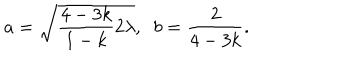
a = \sqrt { \frac { 4 - 3 k } { 1 - k } 2 \lambda } , \; \; b = \frac { 2 } { 4 - 3 k } .